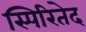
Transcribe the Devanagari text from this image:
स्पिरितेद